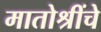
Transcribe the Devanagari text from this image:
मातोश्रींचे